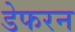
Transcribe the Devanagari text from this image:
डेफरन